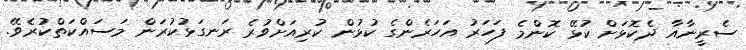
ސެރީނާއާ ދެކޮޅަށް ކުޅޭ ކޮންމެ ފަހަރު އަހަރެންގެ ކުޅުން ކުރިއަށްވުރެ ރަނގަޅުކުރަން މަސައްކަތްކުރެވޭ.